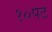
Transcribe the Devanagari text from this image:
१०पट